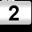
Digit: 2